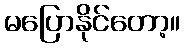
မပြောနိုင်တော့။